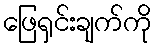
ဖြေရှင်းချက်ကို